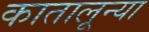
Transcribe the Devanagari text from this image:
कातालून्या